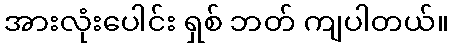
အားလုံးပေါင်း ရှစ် ဘတ် ကျပါတယ်။